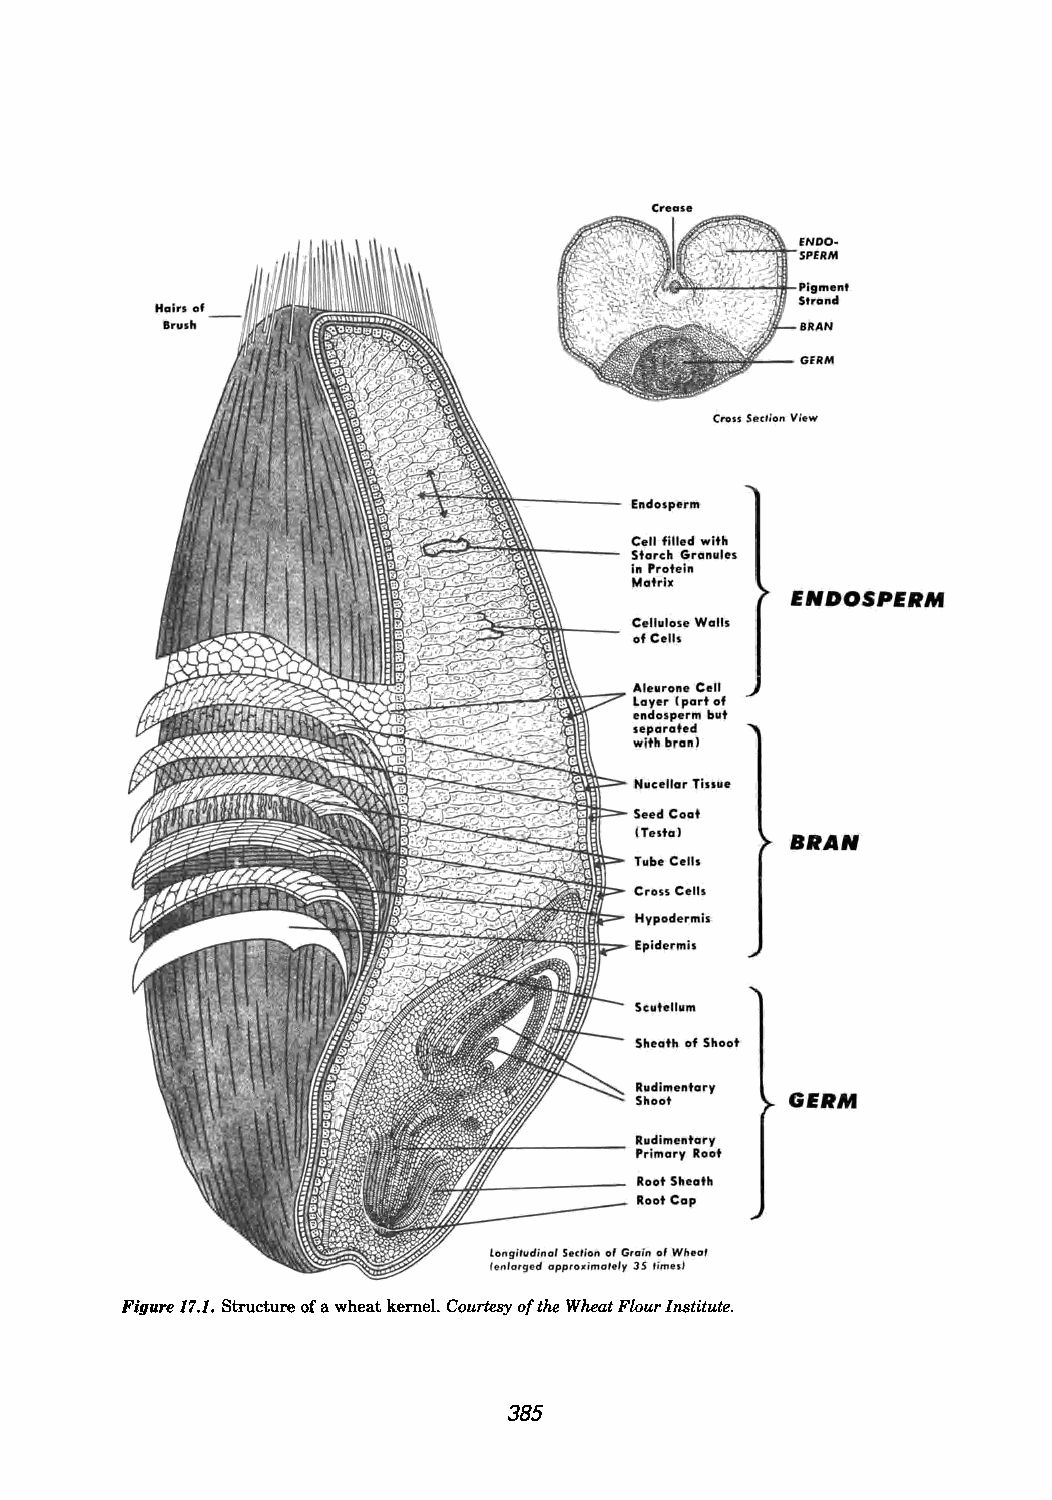
Creale
 'i'oo"""'~'"""'''''''rltI-Pig",ent
 Strancl
 Haiti of
 .rulh                                     BIIAN
 GERM
 Cf'DU h(tion View
 Endosperm
 Cell filled with
 Starch Granules
 in Protein
 Matrix
 ENDOSPERM
 Cellulose Walls
 ofCelh
 Aleurone Cell
 Layer (part of
 endosperm but
 leparated
 with branl
 Nuc.llar Tinue
 Seed Coat
 (Teltal
 BRAN
 Tube Celh
 Cross Cells
 Hypodermis
 Epidermis
 Scutellum
 Sheath of Shoot
 Rudimentary
 Shoot     GERM
 Rudimentary
 Primary Root
 Root Sheath
 Raot Cap
 0'
 (,OJ1gi,udino' he 'ion of Grllfin Wlle-o'
 lenrO'rged appro;.-imot.l., 35 tlmesJ
 Figure 17.1. Structure of a wheat kernel. Courtesy of the Wheat Flour Institute.
 385